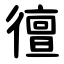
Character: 㣶